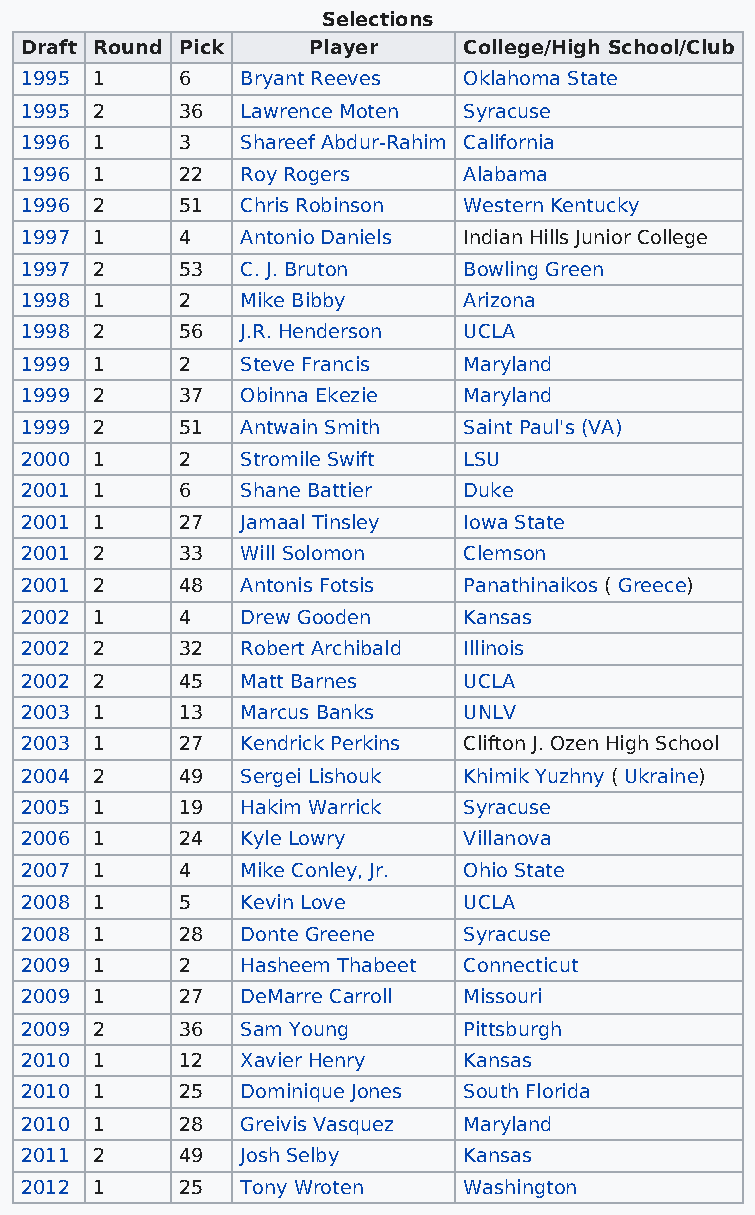
Selections
 Draft Round Pick   Player     College/High School/Club
 1995 1     6   Bryant Reeves  Oklahoma State
 1995 2     36  Lawrence Moten Syracuse
 1996 1     3   Shareef Abdur-Rahim California
 1996 1     22  Roy Rogers     Alabama
 1996 2     51  Chris Robinson Western Kentucky
 1997 1     4   Antonio Daniels Indian Hills Junior College
 1997 2     53  C. J. Bruton   Bowling Green
 1998 1     2   Mike Bibby     Arizona
 1998 2     56  J.R. Henderson UCLA
 1999 1     2   Steve Francis  Maryland
 1999 2     37  Obinna Ekezie  Maryland
 1999 2     51  Antwain Smith  Saint Paul's (VA)
 2000 1     2   Stromile Swift LSU
 2001 1     6   Shane Battier  Duke
 2001 1     27  Jamaal Tinsley Iowa State
 2001 2     33  Will Solomon   Clemson
 2001 2     48  Antonis Fotsis Panathinaikos ( Greece)
 2002 1     4   Drew Gooden    Kansas
 2002 2     32  Robert Archibald Illinois
 2002 2     45  Matt Barnes    UCLA
 2003 1     13  Marcus Banks   UNLV
 2003 1     27  Kendrick Perkins Clifton J. Ozen High School
 2004 2     49  Sergei Lishouk Khimik Yuzhny ( Ukraine)
 2005 1     19  Hakim Warrick  Syracuse
 2006 1     24  Kyle Lowry     Villanova
 2007 1     4   Mike Conley, Jr. Ohio State
 2008 1     5   Kevin Love     UCLA
 2008 1     28  Donte Greene   Syracuse
 2009 1     2   Hasheem Thabeet Connecticut
 2009 1     27  DeMarre Carroll Missouri
 2009 2     36  Sam Young      Pittsburgh
 2010 1     12  Xavier Henry   Kansas
 2010 1     25  Dominique Jones South Florida
 2010 1     28  Greivis Vasquez Maryland
 2011 2     49  Josh Selby     Kansas
 2012 1     25  Tony Wroten    Washington